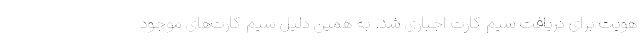
هویت برای دریافت سیم کارت اجباری شد. به همین دلیل سیم کارت‌های موجود